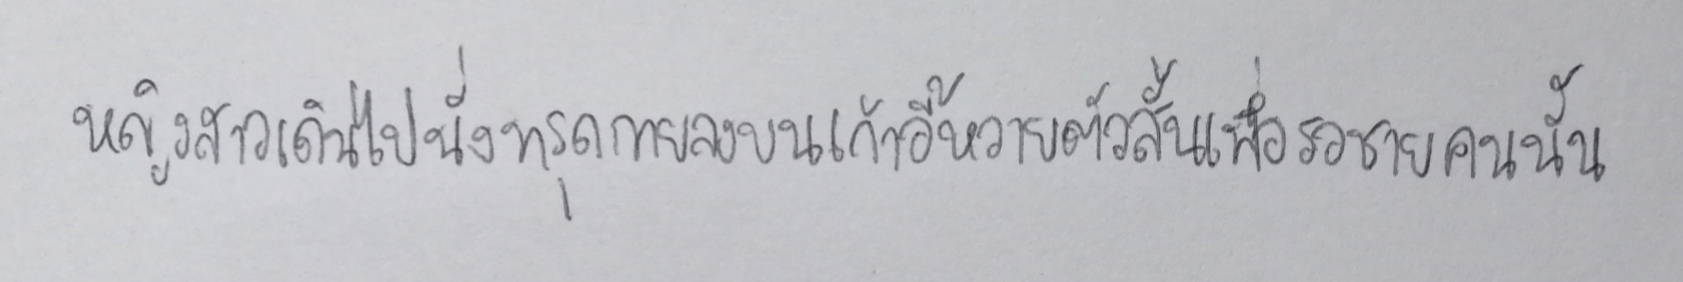
หญิงสาวเดินไปนั่งทรุดกายลงบนเก้าอี้หวายตัวสั้นเพื่อรอชายคนนั้น